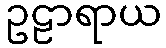
ဥဠာရာယ